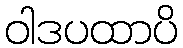
ဝါဒပထာပိ